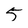
Character: 5